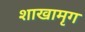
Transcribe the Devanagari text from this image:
शाखामृग